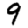
Digit: 9